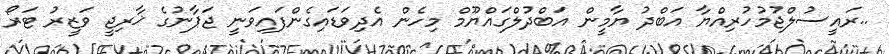
..ރައީސުލްޖުމުހުރިއްޔާ އަބްދު ޔާމީން އަބްދުލްގައްޔޫމް މިހެން އެދިވަޑައިގެންފައިވަނީ ޖަޕާނުގެ ޚާރިޖީ ވަޒީރު ޓަރޯ